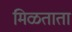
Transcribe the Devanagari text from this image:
मिळताता